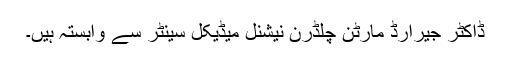
ڈاکٹر جیرارڈ مارٹن چلڈرن نیشنل میڈیکل سینٹر سے وابستہ ہیں۔